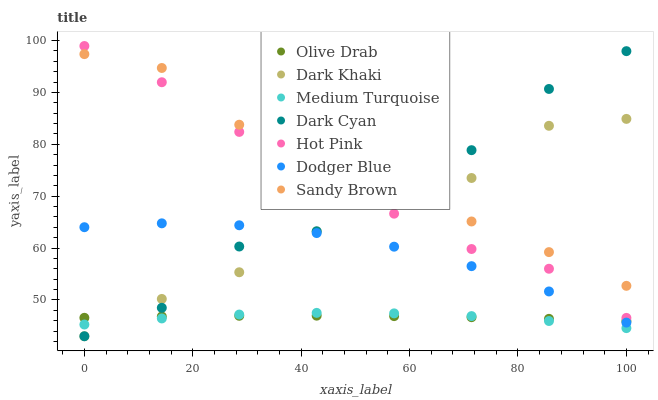
| xaxis_label | Olive Drab | Dark Khaki | Medium Turquoise | Dark Cyan | Hot Pink | Dodger Blue | Sandy Brown |
 | --- | --- | --- | --- | --- | --- | --- | --- |
 | 0 | 46.6 | 43 | 45.3 | 43 | 99 | 64 | 97.4 |
 | 14.3 | 46.8 | 50.2 | 46.4 | 48.5 | 92 | 64.8 | 94.7 |
 | 28.6 | 46.9 | 55.3 | 47.2 | 60.3 | 82.4 | 64.4 | 83.8 |
 | 42.9 | 47 | 63.2 | 47.5 | 63.2 | 75 | 62.9 | 81.4 |
 | 57.1 | 46.9 | 70.5 | 47.4 | 76.3 | 66.6 | 60.3 | 70.4 |
 | 71.4 | 46.7 | 73.5 | 46.9 | 78.9 | 59.8 | 56.5 | 65.1 |
 | 85.7 | 46.4 | 83.6 | 45.9 | 90.7 | 56 | 51.6 | 59.2 |
 | 100 | 45.9 | 84.9 | 44.6 | 98 | 46.5 | 45.6 | 52.7 |